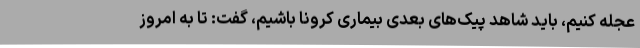
عجله کنیم، باید شاهد پیک‌های بعدی بیماری کرونا باشیم، گفت: تا به امروز